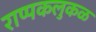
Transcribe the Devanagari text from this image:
राप्पकलुकळ